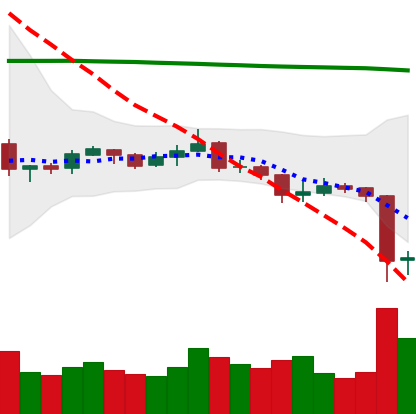
Ticker: XRP-USD
Chart end date: 2019-08-15
Forward return: 4.124%
Label: up_3_5